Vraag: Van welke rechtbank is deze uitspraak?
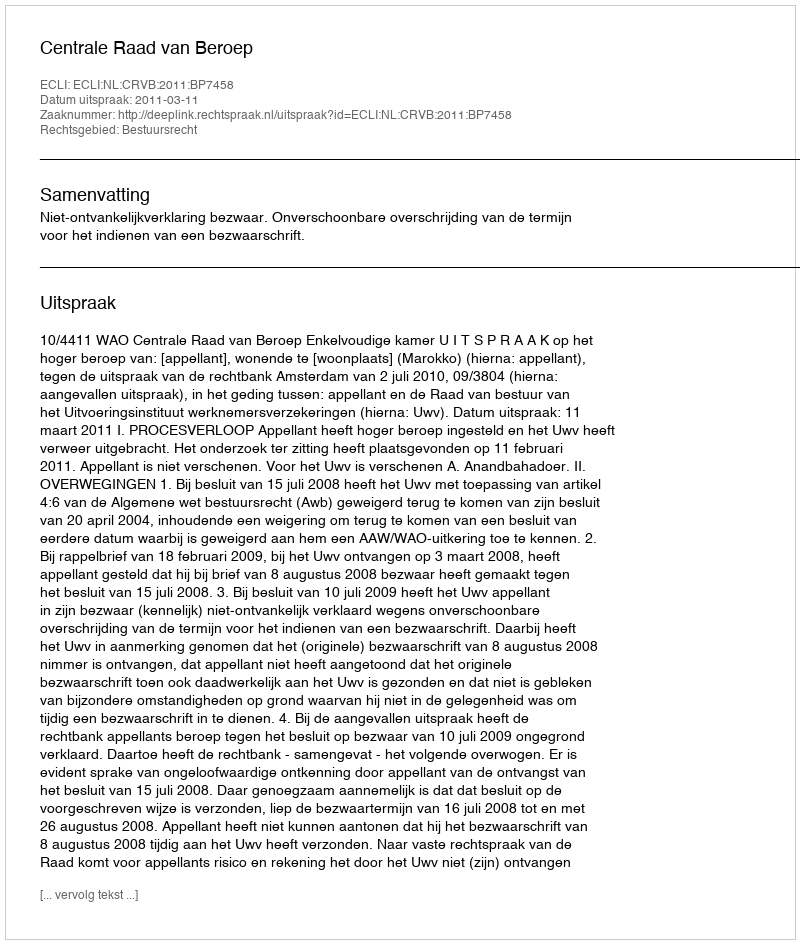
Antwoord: Centrale Raad van Beroep